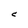
Character: C